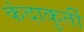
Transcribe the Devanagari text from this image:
कंदाकुर्ती